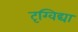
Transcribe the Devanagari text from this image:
दृग्विद्या